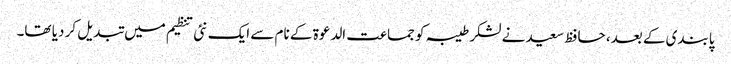
پابندی کے بعد، حافظ سعید نے لشکر طیبہ کو جماعت الدعوة کے نام سے ایک نئی تنظیم میں تبدیل کر دیا تھا۔